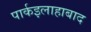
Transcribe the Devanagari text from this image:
पार्कइलाहाबाद